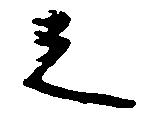
之